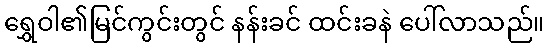
ရွှေဝါ၏မြင်ကွင်းတွင် နန်းခင် ထင်းခနဲ ပေါ်လာသည်။